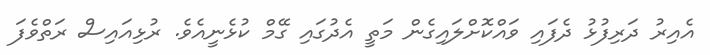
އެއިރު ދަރިފުޅު ދެފައި ވައްކޮށްލައިގެން މަތީ އެދުގައި ގޭމް ކުޅެނީއެވެ. ރުޅިއައިސް ރަތްވެފަ